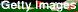
Getty Images